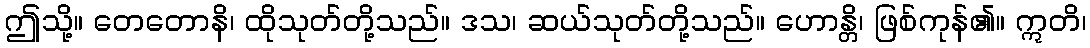
ဤသို့။ တေတောနိ၊ ထိုသုတ်တို့သည်။ ဒသ၊ ဆယ်သုတ်တို့သည်။ ဟောန္တိ၊ ဖြစ်ကုန်၏။ ဣတိ၊